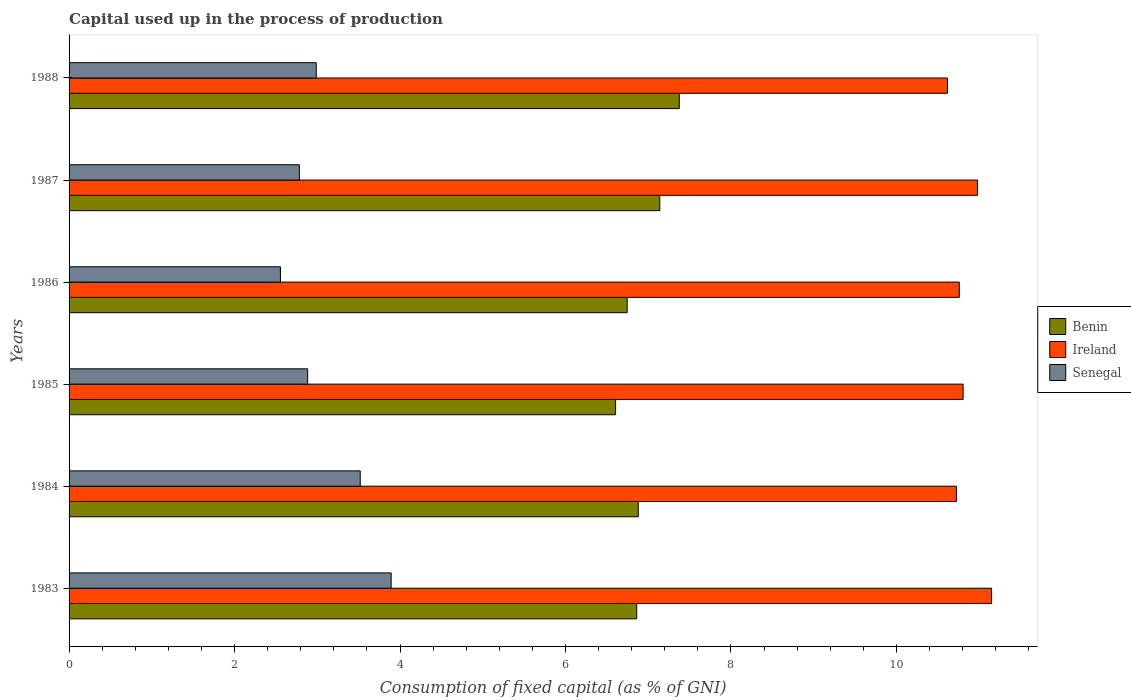
| Years | Benin | Ireland | Senegal |
 | --- | --- | --- | --- |
 | 1983 | 6.86 | 11.1 | 3.89 |
 | 1984 | 6.88 | 10.7 | 3.52 |
 | 1985 | 6.61 | 10.8 | 2.88 |
 | 1986 | 6.75 | 10.8 | 2.55 |
 | 1987 | 7.14 | 11 | 2.78 |
 | 1988 | 7.37 | 10.6 | 2.99 |